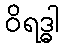
ဝိရဒ္ဓါ